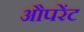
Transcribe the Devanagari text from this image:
औपरेंट